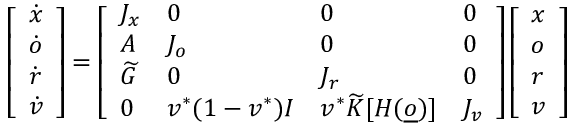
\left[ \begin{array} { l } { \dot { x } } \\ { \dot { o } } \\ { \dot { r } } \\ { \dot { v } } \end{array} \right] = \left[ \begin{array} { l l l l } { J _ { x } } & { 0 } & { 0 } & { 0 } \\ { A } & { J _ { o } } & { 0 } & { 0 } \\ { \widetilde G } & { 0 } & { J _ { r } } & { 0 } \\ { 0 } & { v ^ { * } ( 1 - v ^ { * } ) I } & { v ^ { * } \widetilde K [ H ( \underline { o } ) ] } & { J _ { v } } \end{array} \right] \left[ \begin{array} { l } { x } \\ { o } \\ { r } \\ { v } \end{array} \right]